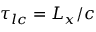
\tau _ { l c } = L _ { x } / c